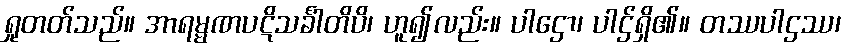
ရှုတတ်သည်။ အာရမ္မဏပဋိသင်္ခါတိပိ၊ ဟူ၍လည်း။ ပါဌော၊ ပါဌ်ရှိ၏။ တဿပါဌဿ၊